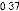
0.37